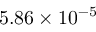
5 . 8 6 \times 1 0 ^ { - 5 }